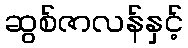
ဆွစ်ဇာလန်နှင့်